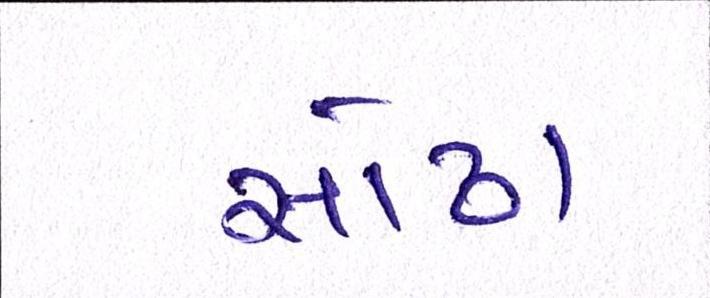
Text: સોઢા